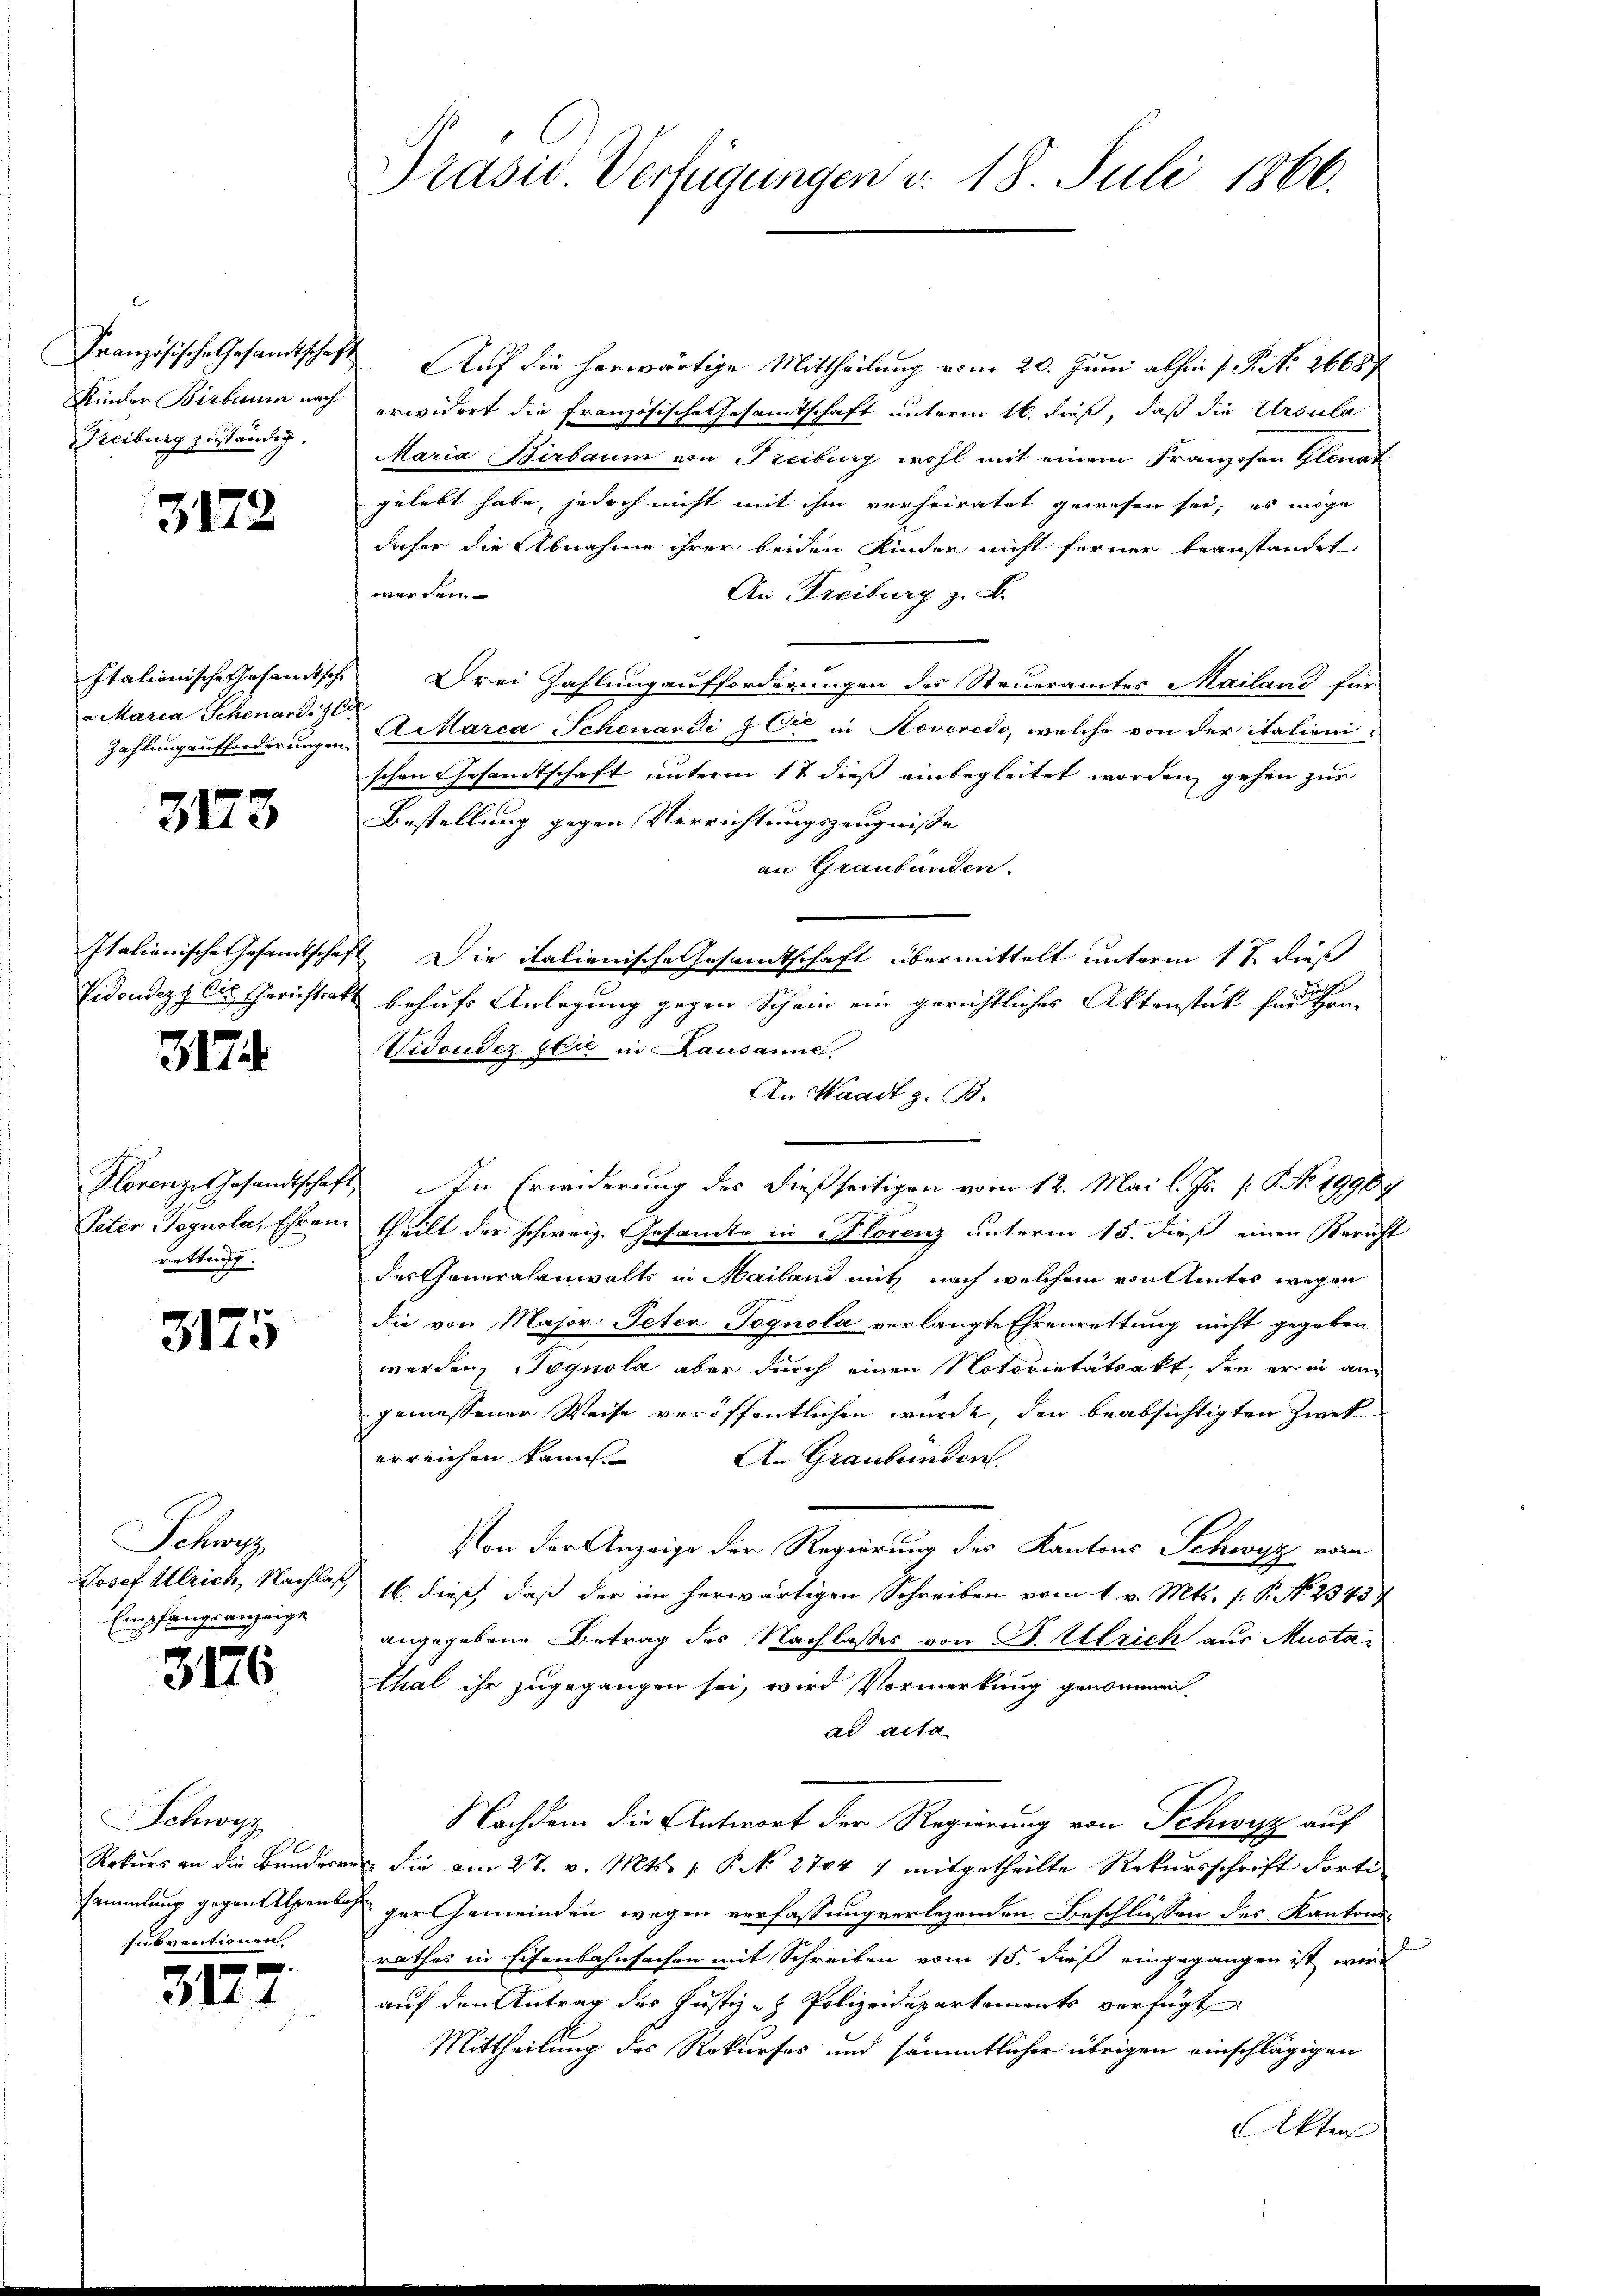
Kinder Birbaum nach
Freiburg zuständig.

3172

Italienische Gesandtsche
a Maria Schenard 70
Zahlung aufforderungen.

3173

Videndezy die Gerichtsakt

3174

Plorenze Gesandtschaft
Peter Pognola, Ehren.
rettung.

3175

Schweiz
Josef Ulrich, Nachlaß
Empfangsanzeige

3176

Schwyz
A
Rekurs an die Bundver
sammlung gegen Alpenbo
subventionen

e
31.

Prasiv. Verfügungen v. 18. Juli 1866.

Französische Gesamtschaft. Auf die herwärtige Mittheilung vom 20. Juni abhin 1 S. 26687
erwidert die französische Gesamtschaft unterm 16. dieß, daß die Ursula
Maria Birbaum von Freiburg wohl mit einem Franzosen Glenat
gelebt habe, jedoch nicht mit ihm verheiratet gewesen sei; es möge
daher die Abnahme ihrer beiden Kinder nicht ferner beanstandet
werden.
An Freiburg z. B.
Drei Zahlung aufforderungen des Steueramtes Mailand für
Arkarca Schenardi & Cie in Noveredo, welche von der italieni-
schen Gesandtschaft unterm 17 dieß einbegleitet worden, gehen zur
Bestellung gegen Verrichtungszeugnisse
an Graubünden.
Italienische Gesandtschaft. Die italienische Gesandtschaft übermittelt unterm 17. dieß
behufs Anlegung gegen Schein ein gerichtliches Aktenstück für ihre
Vidonder Zeit in Kausanne,
An Waadt z. B.
In Erwiderung des dießseitigen vom 12. Mai l. Js. p. P. No 1998
theilt der schweiz. Gesamte in Florenz unterm 15. dieß einen Bericht
des Generalanwalts in Mailand mit nach welchem von Amtes wegen
die von Major Peten Tognola verlangte Ehrenrettung nicht gegeben,
werden, Pegnola aber durch einen Notorietätsakt, den er in angemessener Weise veröffentlichen wurde, den beabsichtigten Zwek
erreichen kann.
An Graubünden.
Von der Anzeige der Regierung des Kantons Schwyz vom
16. dieß, daß der im herwärtigen Schreiben vom 1. v. Mts. 1. P. N. 23457
angegebene Betrag des Nachlasses von B. Ulrich aus Mustathal ihr zugegangen sei, wird Vormerkung genommen,
ad acta
Nachdem die Antwort der Regierung von Schwyz auf
. Sie am 27. v. Mts. p. P. N. 2704 1 mitgetheilte Rekursschrift forti
ger Gemeinden wegen verfassung verlegenden Beschlüssen des Kantonsrathes in Eisenbahnsachen mit Schreiben vom 15. daß eingegangen ist wird
auf den Antrag des Justiz- & Polizeidepartements verfügt
Mittheilung des Rekurses und sämmtlicher übrigen einschlägigen
Akten